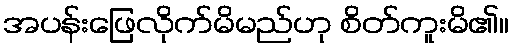
အပန်းဖြေလိုက်မိမည်ဟု စိတ်ကူးမိ၏။